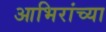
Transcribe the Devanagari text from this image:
आभिरांच्या